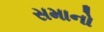
સમાનો